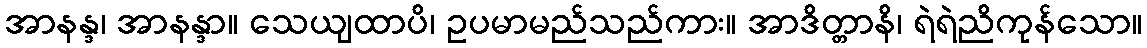
အာနန္ဒ၊ အာနန္ဒာ။ သေယျထာပိ၊ ဥပမာမည်သည်ကား။ အာဒိတ္တာနိ၊ ရဲရဲညိကုန်သော။